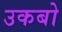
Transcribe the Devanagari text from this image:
उकबो